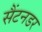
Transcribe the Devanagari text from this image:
सैंटनडर